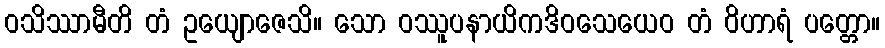
ဝသိဿာမီတိ တံ ဥယျောဇေသိ။ သော ဝဿူပနာယိကဒိဝသေယေဝ တံ ဝိဟာရံ ပတ္တော။